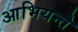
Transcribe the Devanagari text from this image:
आभियन्ते